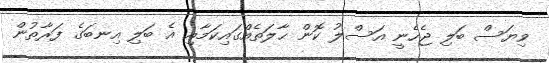
ވިޔަސް ބަލި ޖެހެނީ އަސްލު ކޮން ޙާލަތެއްގައިކަމާއި އެ ބަލި އިނބަގެ ފަރާތުން